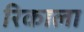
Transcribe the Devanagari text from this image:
रिकाला